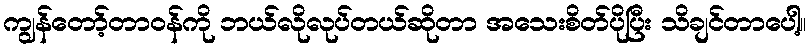
ကျွန်တော့်တာဝန်ကို ဘယ်လိုလုပ်တယ်ဆိုတာ အသေးစိတ်ပိုပြီး သိချင်တာပေါ့။